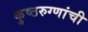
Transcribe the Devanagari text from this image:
कुष्ठरुग्णांची